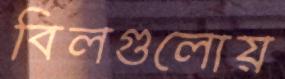
বিলগুলোয়